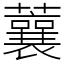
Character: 蘘